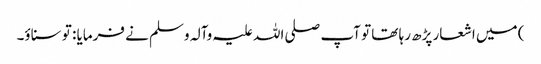
) میں اشعار پڑھ رہا تھا تو آپ صلی اللہ علیہ وآلہ وسلم نے فرمایا : تو سناؤ۔